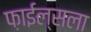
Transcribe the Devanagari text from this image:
फ़ाईल्सला